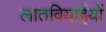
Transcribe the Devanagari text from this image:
लातवियाईयों